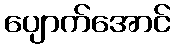
ပျောက်အောင်